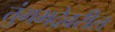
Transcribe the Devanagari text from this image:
तुंगभद्रेवरील